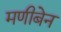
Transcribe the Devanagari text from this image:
मणीबेन